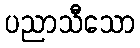
ပညာသီသော